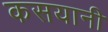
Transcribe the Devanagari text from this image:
कसयानी